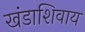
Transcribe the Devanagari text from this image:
खंडाशिवाय